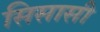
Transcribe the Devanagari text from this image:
सिसासी